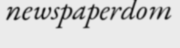
newspaperdom